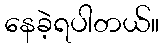
နေခဲ့ရပါတယ်။